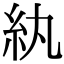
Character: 紈